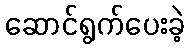
ဆောင်ရွက်ပေးခဲ့